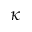
\kappa